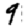
Digit: 9